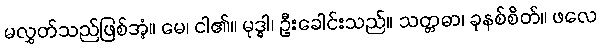
မလွှတ်သည်ဖြစ်အံ့။ မေ၊ ငါ၏။ မုဒ္ဓါ၊ ဦးခေါင်းသည်။ သတ္တဓာ၊ ခုနစ်စိတ်။ ဖလေ